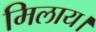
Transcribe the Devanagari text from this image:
मिलाय।